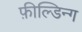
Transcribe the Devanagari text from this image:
फ़ील्डिन्ग